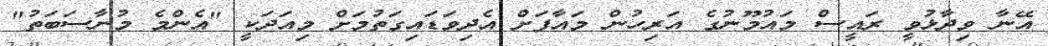
އޭނާ ވިދާޅުވީ ރައީސް މައުމޫނުގެ އަރިހުން މައާފަށް އެދިވަޑައިގަތުމަށް މިއަދަކީ "އެންމެ މުނާސަބަތު"